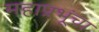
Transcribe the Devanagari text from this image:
महाप्रभूंचा